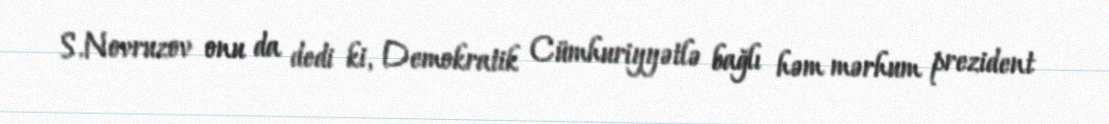
S.Novruzov onu da dedi ki, Demokratik Cümhuriyyətlə bağlı həm mərhum prezident